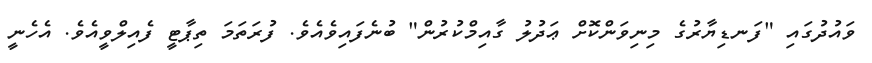
ވައުދުގައި "ފަނޑިޔާރުގެ މިނިވަންކޮށް ޢަދުލު ގާއިމްކުރުން" ބުނެފައިވެއެވެ. ފުރަތަމަ ތިޕާޓީ ފެއިލްވީއެވެ. އެހެނީ